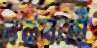
বলবাহী